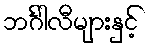
ဘင်္ဂါလီများနှင့်